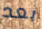
بعد